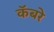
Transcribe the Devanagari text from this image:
कॅबरे